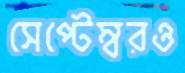
সেপ্টেম্বরও